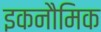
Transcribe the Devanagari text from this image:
इकनौमिक